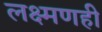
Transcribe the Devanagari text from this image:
लक्ष्मणही